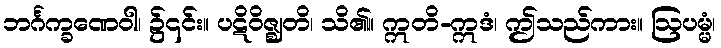
ဘင်္ဂက္ခဏေဝါ၊ ၌၎င်း။ ပဋိဝိဇ္ဈတိ၊ သိ၏။ ဣတိ-ဣဒံ၊ ဤသည်ကား။ ဩပမ္မံ၊